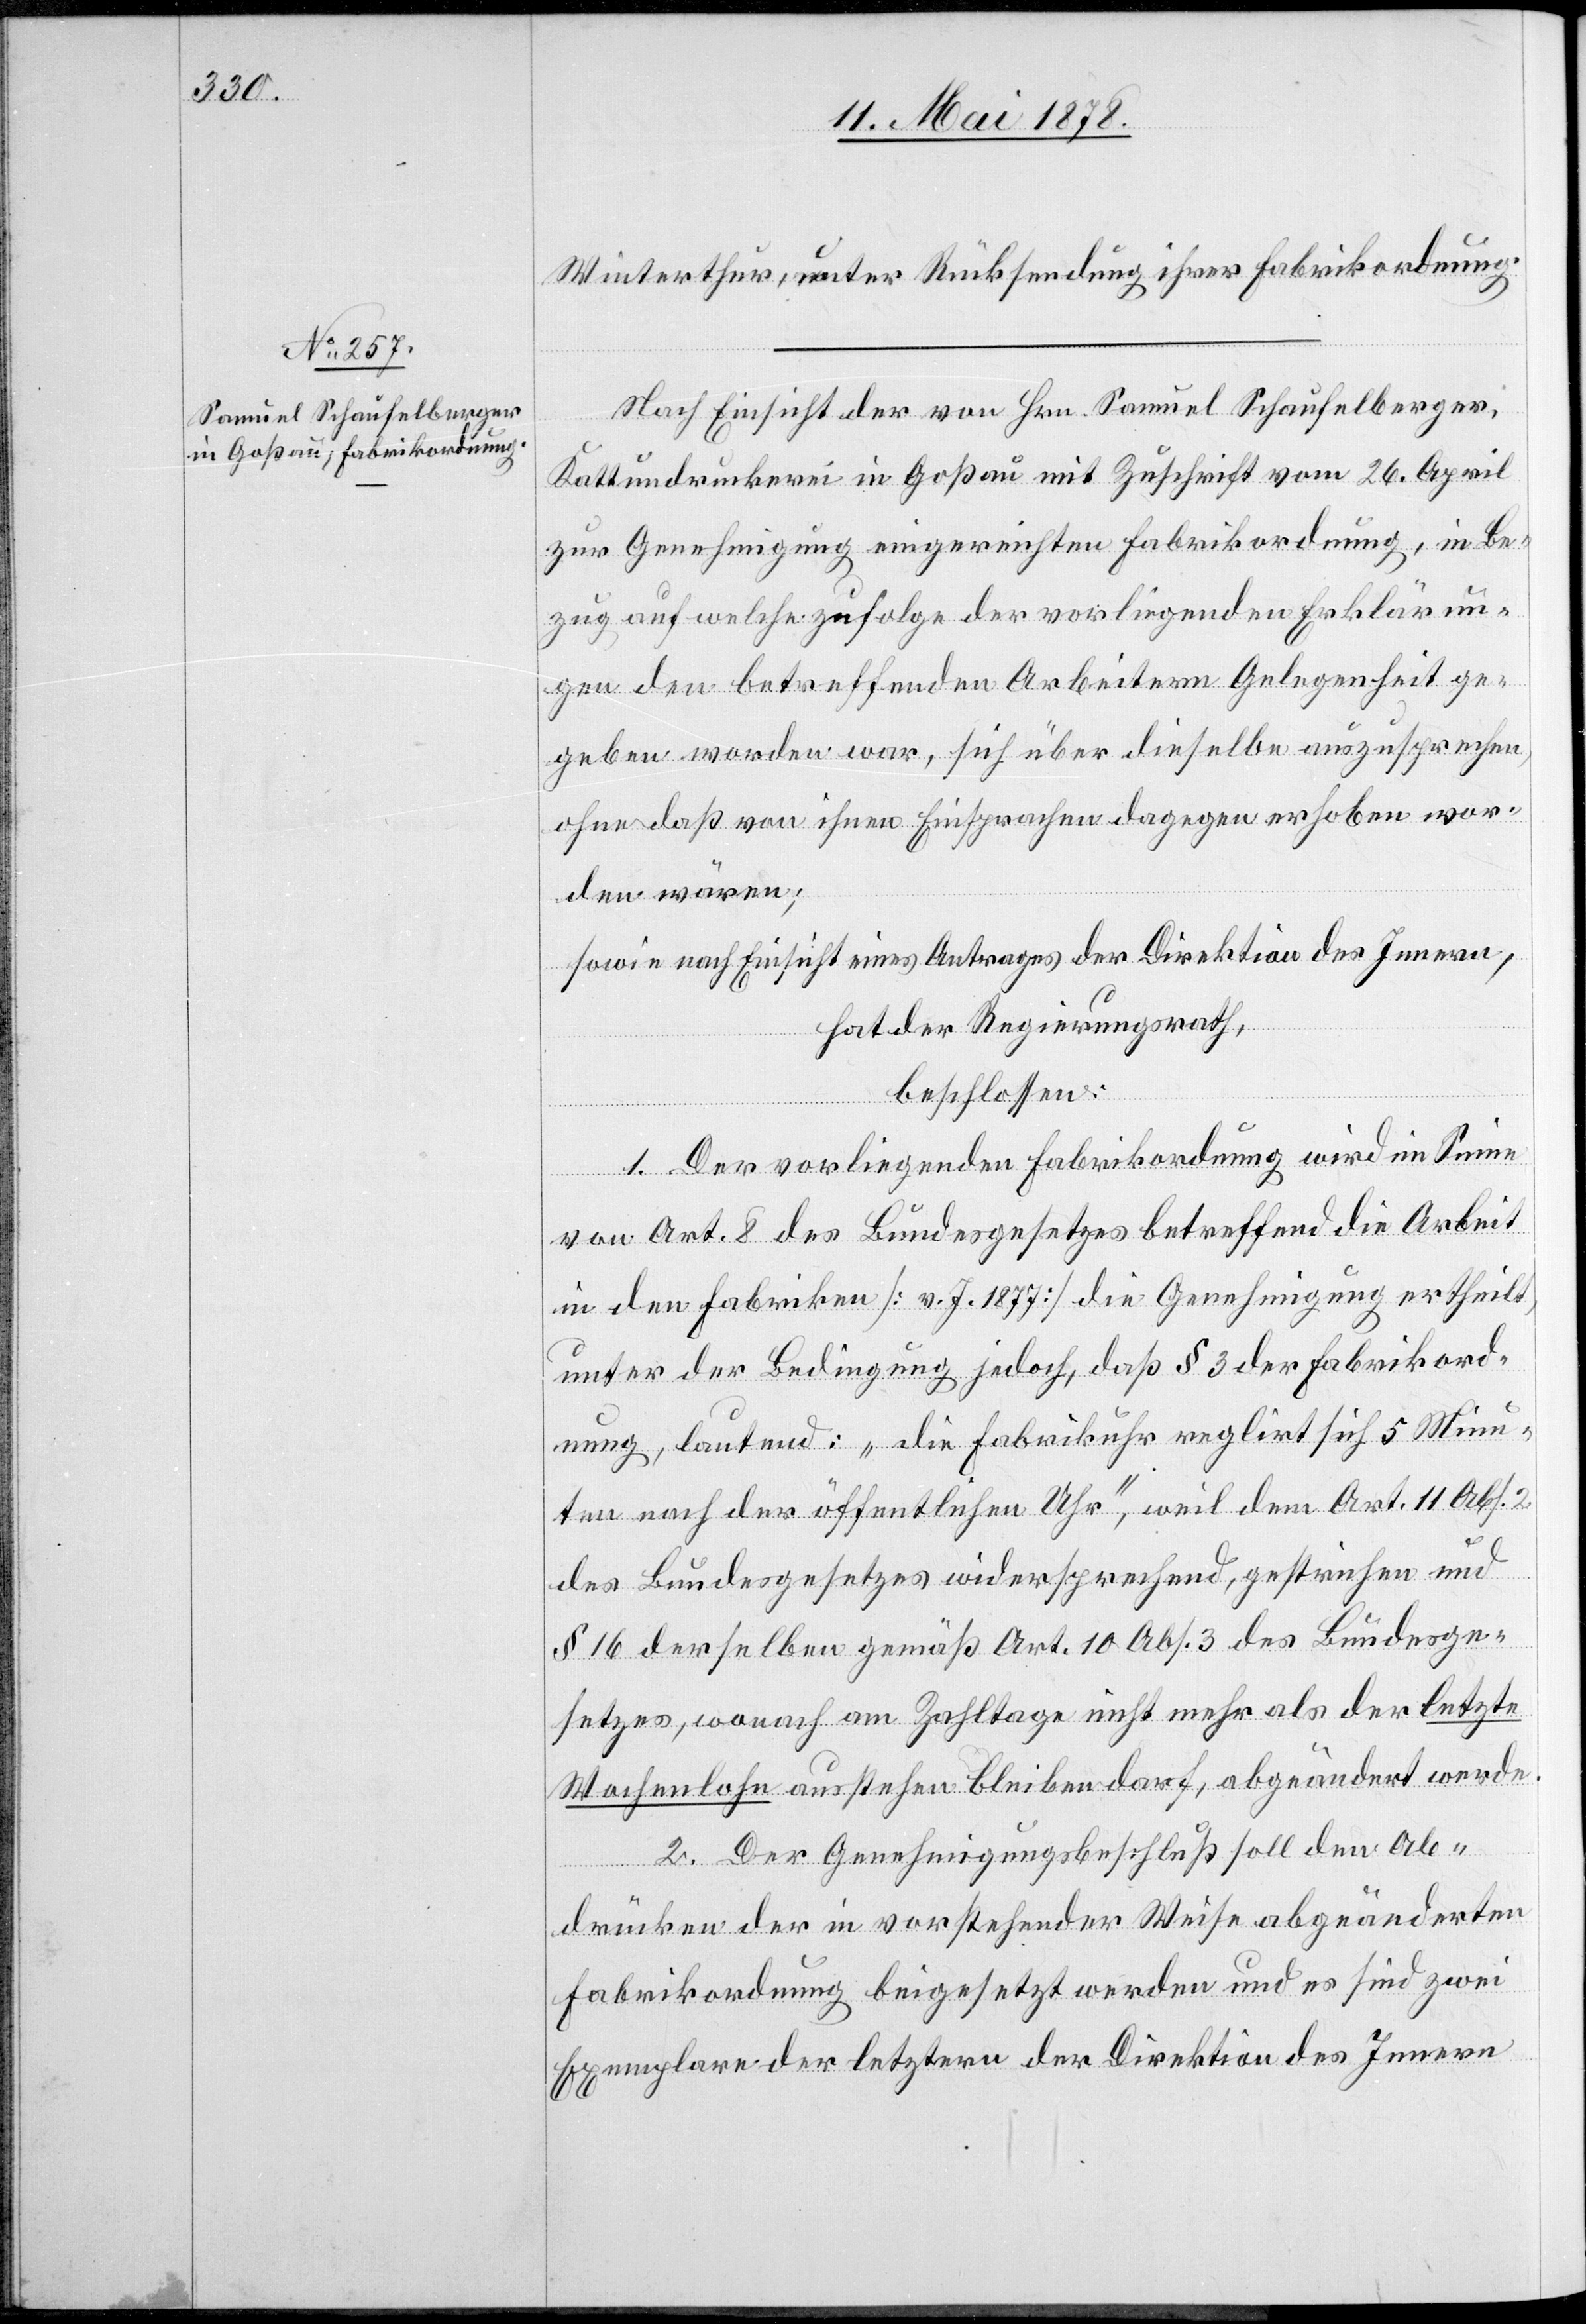
Winterthur, unter Rücksendung ihrer Fabrikordnung.
Nach Einsicht der von Hrn. Samuel Schaufelberger,
Kattundruckerei in Goßau mit Zuschrift vom 26. April
zur Genehmigung eingereichten Fabrikordnung, in Be¬
zug auf welche zufolge der vorliegenden Erklärun¬
gen den betreffenden Arbeitern Gelegenheit ge¬
geben worden war, sich über dieselben auszusprechen,
ohne daß von ihnen Einsprachen dagegen erhoben wor¬
den wären;
sowie nach Einsicht eines Antrages der Direktion des Innern,
hat der Regierungsrath,
beschlossen:
1. Der vorliegenden Fabrikordnung wird im Sinne
von Art. 8 des Bundesgesetzes betreffend die Arbeit
in den Fabriken [v. J. 1877] die Genehmigung ertheilt,
unter der Bedingung jedoch, daß § 3 der Fabrikord¬
nung, lautend: „die Fabrikuhr reglirt sich 5 Minu¬
ten nach der öffentlichen Uhr“, weil dem Art. 11 Abs.
des Bundesgesetzes widersprechend, gestrichen und
§ 16 derselben gemäß Art. 10 Abs. 3 des Bundesge¬
setzes, wonach am Zahltage nicht mehr als der letzte
Wochenlohn ausstehen bleiben darf, abgeändert werde.
2. Der Genehmigungsbeschluß soll den Ab¬
drücken der in vorstehender Weise abgeänderten
Fabrikordnung beigesetzt werden und es sind zwei
Exemplare der letztern der Direktion des Innern